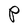
Character: P